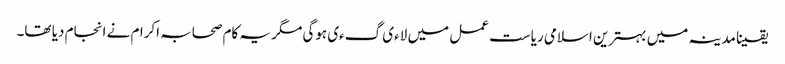
یقینا مدینہ میں بہترین اسلامی ریاست عمل میں لاءی گءی ہوگی مگر یہ کام صحابہ اکرام نے انجام دیا تھا۔